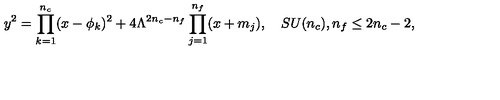
y ^ { 2 } = \prod _ { k = 1 } ^ { n _ { c } } ( x - \phi _ { k } ) ^ { 2 } + 4 \Lambda ^ { 2 n _ { c } - n _ { f } } \prod _ { j = 1 } ^ { n _ { f } } ( x + m _ { j } ) , \quad S U ( n _ { c } ) , n _ { f } \le 2 n _ { c } - 2 ,